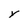
Character: r